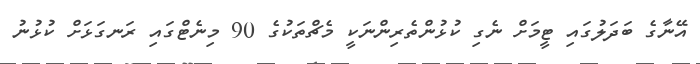
އޭނާގެ ބަދަލުގައި ޓީމަށް ނެގި ކުޅުންތެރިންނަކީ މެޗްތަކުގެ 90 މިނެޓްގައި ރަނގަޅަށް ކުޅުނު